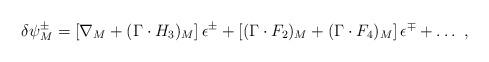
LaTeX: \begin{align*}\delta \psi_M^\pm = \left[\nabla_M + (\Gamma \cdot H_3)_M\right]\epsilon^\pm + \left[(\Gamma \cdot F_2)_M + (\Gamma \cdot F_4)_M\right]\epsilon^\mp + \ldots \ ,\end{align*}